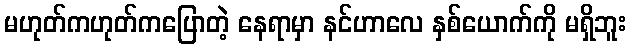
မဟုတ်ကဟုတ်ကပြောတဲ့ နေရာမှာ နင်ဟာလေ နှစ်ယောက်ကို မရှိဘူး